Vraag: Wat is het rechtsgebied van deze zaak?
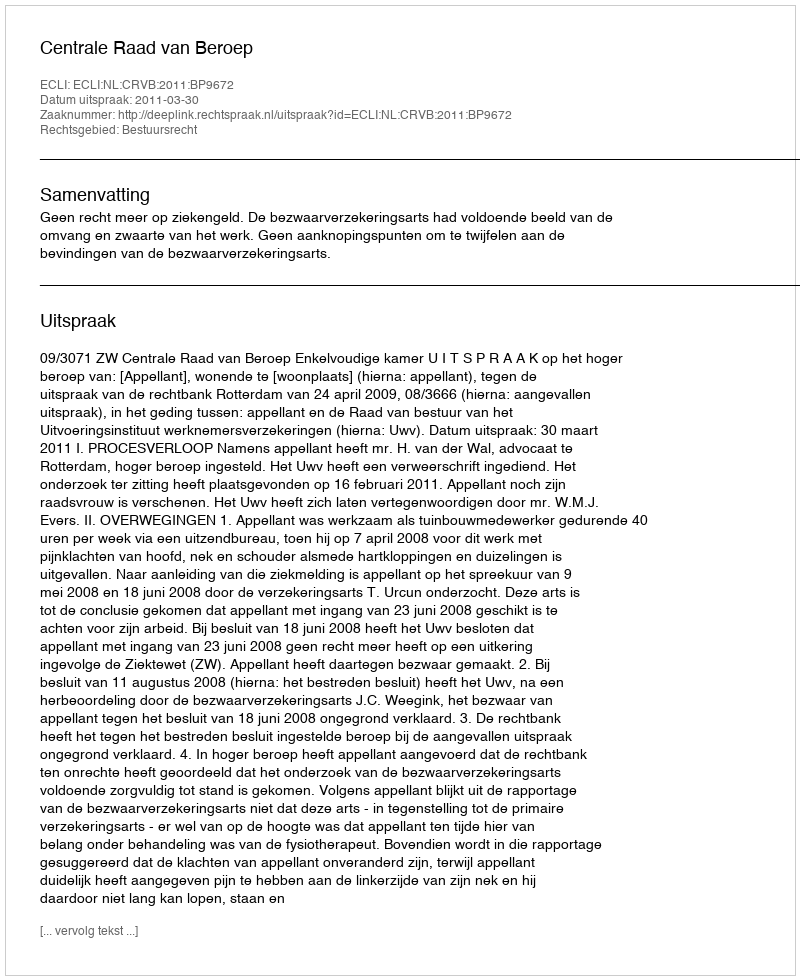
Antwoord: Bestuursrecht